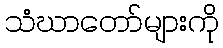
သံဃာတော်များကို